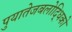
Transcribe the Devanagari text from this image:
पुयातेजबलोद्धिको